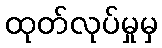
ထုတ်လုပ်မှုမှ